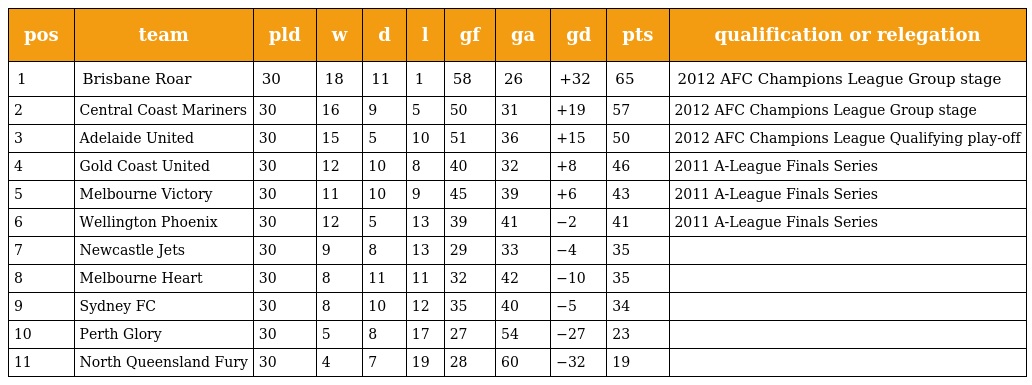
| pos | team | pld | w | d | l | gf | ga | gd | pts | qualification or relegation |
 | --- | --- | --- | --- | --- | --- | --- | --- | --- | --- | --- |
 | 1 | Brisbane Roar | 30 | 18 | 11 | 1 | 58 | 26 | +32 | 65 | 2012 AFC Champions League Group stage |
 | 2 | Central Coast Mariners | 30 | 16 | 9 | 5 | 50 | 31 | +19 | 57 | 2012 AFC Champions League Group stage |
 | 3 | Adelaide United | 30 | 15 | 5 | 10 | 51 | 36 | +15 | 50 | 2012 AFC Champions League Qualifying play-off |
 | 4 | Gold Coast United | 30 | 12 | 10 | 8 | 40 | 32 | +8 | 46 | 2011 A-League Finals Series |
 | 5 | Melbourne Victory | 30 | 11 | 10 | 9 | 45 | 39 | +6 | 43 | 2011 A-League Finals Series |
 | 6 | Wellington Phoenix | 30 | 12 | 5 | 13 | 39 | 41 | −2 | 41 | 2011 A-League Finals Series |
 | 7 | Newcastle Jets | 30 | 9 | 8 | 13 | 29 | 33 | −4 | 35 |  |
 | 8 | Melbourne Heart | 30 | 8 | 11 | 11 | 32 | 42 | −10 | 35 |  |
 | 9 | Sydney FC | 30 | 8 | 10 | 12 | 35 | 40 | −5 | 34 |  |
 | 10 | Perth Glory | 30 | 5 | 8 | 17 | 27 | 54 | −27 | 23 |  |
 | 11 | North Queensland Fury | 30 | 4 | 7 | 19 | 28 | 60 | −32 | 19 |  |